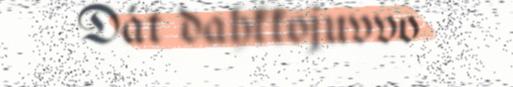
Dát dahkkojuvvo